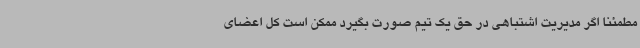
مطمئنا اگر مدیریت اشتباهی در حق یک تیم صورت بگیرد ممکن است کل اعضای